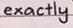
exactly